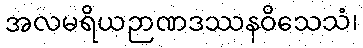
အလမရိယဉာဏဒဿနဝိသေသံ၊